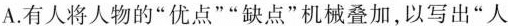
A.有人将人物的“优点”“缺点”机械叠加,以写出“人